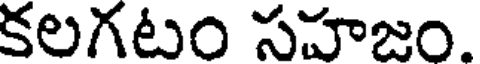
కలగటం సహజం.